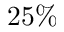
2 5 \%